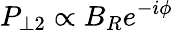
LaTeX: P_{\perp 2}\propto B_{R}e^{-i\phi}